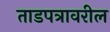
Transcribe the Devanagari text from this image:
ताडपत्रावरील